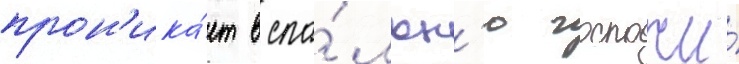
прон'ика́ет в спа́льн'ю госпожи́